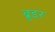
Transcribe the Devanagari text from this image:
ब्रुडर